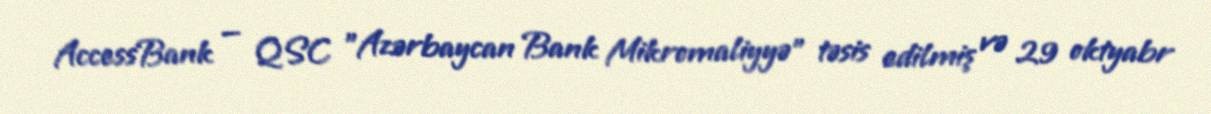
AccessBank — QSC "Azərbaycan Bank Mikromaliyyə" təsis edilmiş və 29 oktyabr